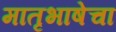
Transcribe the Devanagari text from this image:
मातृभाषेचा